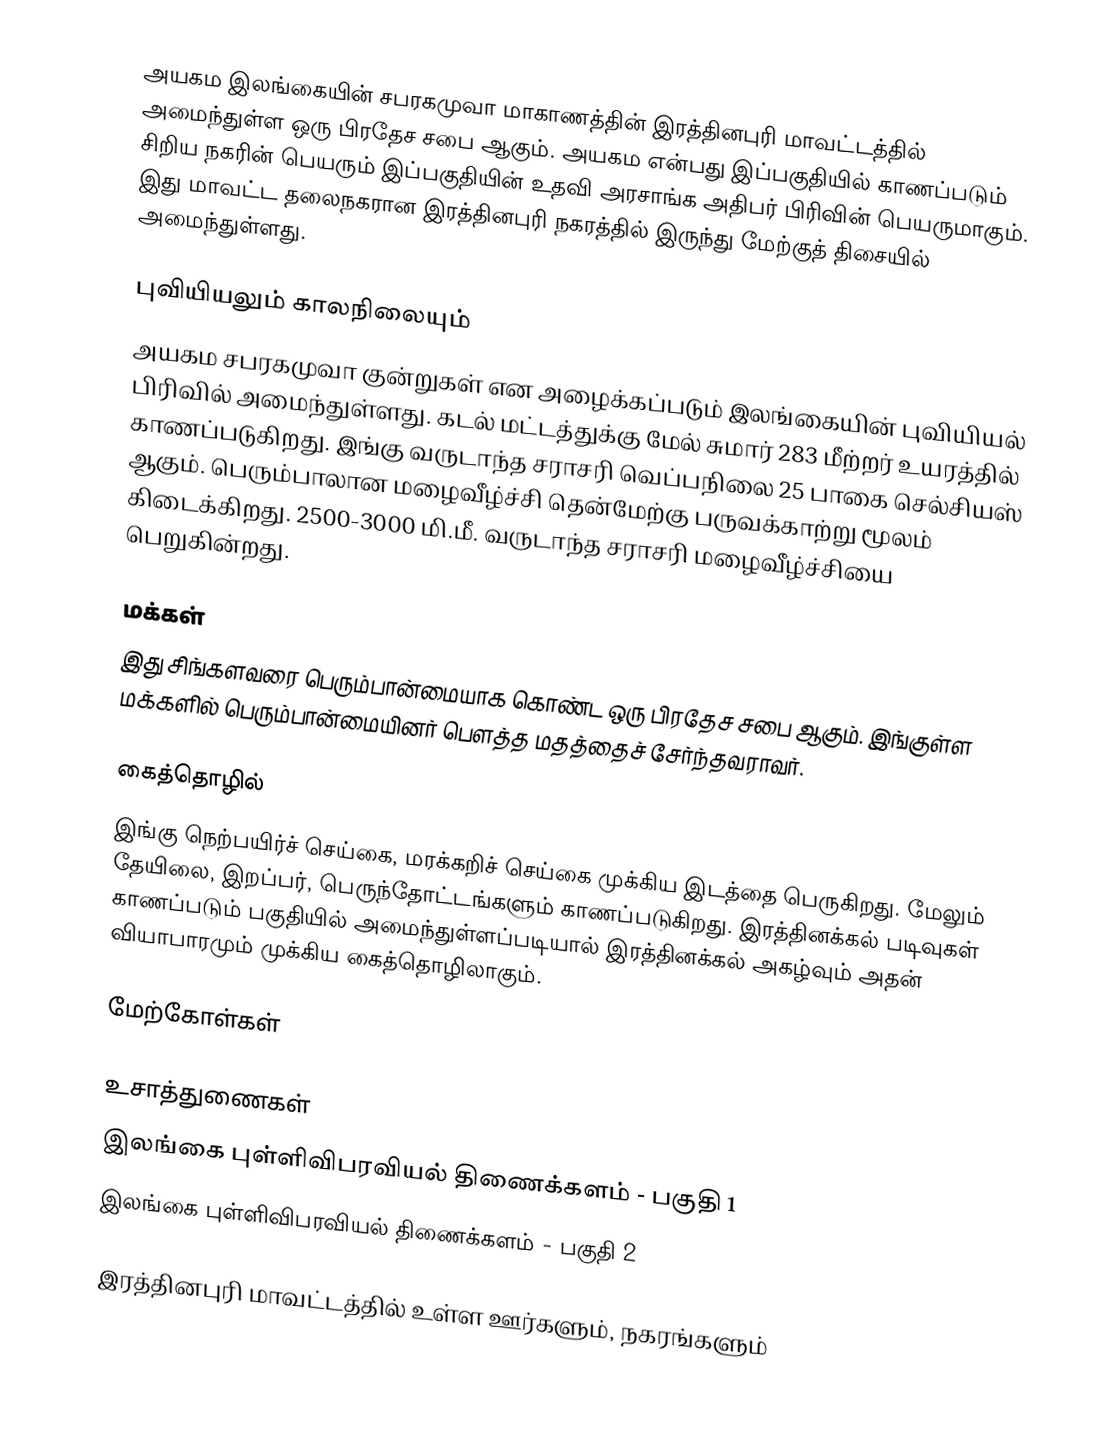
அயகம இலங்கையின் சபரகமுவா மாகாணத்தின் இரத்தினபுரி மாவட்டத்தில் அமைந்துள்ள ஒரு பிரதேச சபை ஆகும். அயகம என்பது இப்பகுதியில் காணப்படும்  சிறிய நகரின் பெயரும் இப்பகுதியின் உதவி அரசாங்க அதிபர் பிரிவின் பெயருமாகும். இது மாவட்ட தலைநகரான இரத்தினபுரி நகரத்தில் இருந்து  மேற்குத் திசையில்  அமைந்துள்ளது.

புவியியலும் காலநிலையும்
அயகம  சபரகமுவா குன்றுகள் என அழைக்கப்படும்  இலங்கையின் புவியியல் பிரிவில் அமைந்துள்ளது. கடல் மட்டத்துக்கு மேல் சுமார் 283 மீற்றர்  உயரத்தில் காணப்படுகிறது. இங்கு வருடாந்த சராசரி வெப்பநிலை 25 பாகை செல்சியஸ் ஆகும். பெரும்பாலான மழைவீழ்ச்சி தென்மேற்கு பருவக்காற்று மூலம் கிடைக்கிறது. 2500-3000 மி.மீ. வருடாந்த சராசரி மழைவீழ்ச்சியை பெறுகின்றது.

மக்கள்
இது சிங்களவரை பெரும்பான்மையாக கொண்ட ஒரு பிரதேச சபை ஆகும். இங்குள்ள மக்களில் பெரும்பான்மையினர் பௌத்த மதத்தைச் சேர்ந்தவராவர்.

கைத்தொழில்
இங்கு நெற்பயிர்ச் செய்கை, மரக்கறிச் செய்கை முக்கிய இடத்தை பெருகிறது. மேலும் தேயிலை, இறப்பர், பெருந்தோட்டங்களும் காணப்படுகிறது. இரத்தினக்கல் படிவுகள் காணப்படும் பகுதியில் அமைந்துள்ளப்படியால் இரத்தினக்கல் அகழ்வும் அதன் வியாபாரமும் முக்கிய கைத்தொழிலாகும்.

மேற்கோள்கள்

உசாத்துணைகள்
 இலங்கை புள்ளிவிபரவியல் திணைக்களம் - பகுதி 1
 இலங்கை புள்ளிவிபரவியல் திணைக்களம் - பகுதி 2

இரத்தினபுரி மாவட்டத்தில் உள்ள ஊர்களும், நகரங்களும்